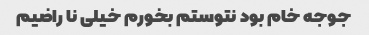
جوجه خام بود نتوستم بخورم خیلی نا راضیم